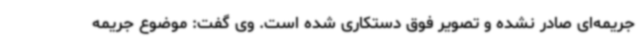
جریمه‌ای صادر نشده و تصویر فوق دستکاری شده است. وی گفت: موضوع جریمه